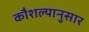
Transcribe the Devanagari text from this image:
कौशल्यानुसार